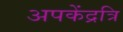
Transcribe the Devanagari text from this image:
अपकेंद्रत्रि